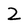
Character: Z